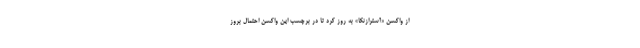
از واکسن «آسترازنکا» به روز کرد تا در برچسب این واکسن احتمال بروز